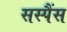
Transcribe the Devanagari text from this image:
सस्पैंस